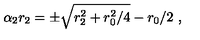
\alpha _ { 2 } r _ { 2 } = \pm \sqrt { r _ { 2 } ^ { 2 } + { r _ { 0 } ^ { 2 } / 4 } } - r _ { 0 } / 2 \ ,